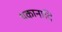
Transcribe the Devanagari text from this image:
थकानादि